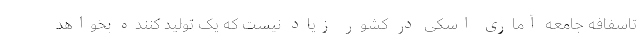
تاسفافه جامعه آماری اسکی در کشور زیاد نیست که یک تولید کننده بخواهد